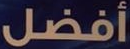
أفضل